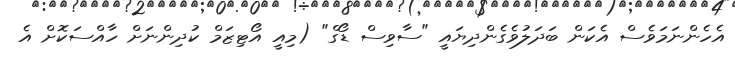
އެހެންނަމަވެސް އެކަން ބަދަލުވެގެންދިޔައީ "ސާވިސް ޑޯގް" (މިއީ އޯޓިޒަމް ކުދިންނަށް ހާއްސަކޮށް އެ